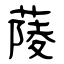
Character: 䔖